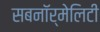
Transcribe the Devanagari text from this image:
सबनॉर्मेलिटी